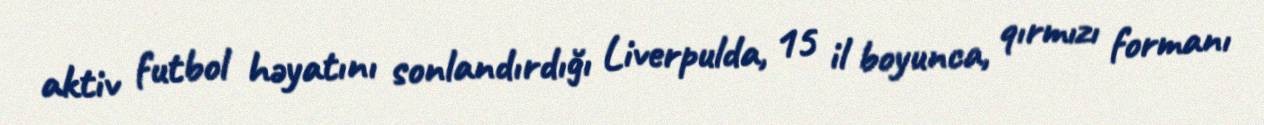
aktiv futbol həyatını sonlandırdığı Liverpulda, 15 il boyunca, qırmızı formanı